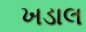
ખડાલ